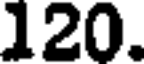
120.